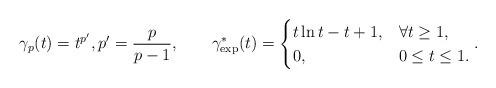
LaTeX: \begin{align*}\gamma_p(t) = t^{p'},p'=\frac{p}{p-1},\qquad\gamma_{\mathrm{exp}}^*(t) = \begin{cases}t\ln t - t + 1, &\forall t\geq 1,\\0, &0\leq t\leq 1.\end{cases}.\end{align*}